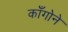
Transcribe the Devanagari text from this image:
काँगोने